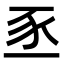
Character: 𫎅